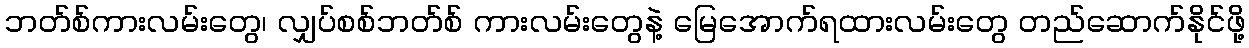
ဘတ်စ်ကားလမ်းတွေ၊ လျှပ်စစ်ဘတ်စ် ကားလမ်းတွေနဲ့ မြေအောက်ရထားလမ်းတွေ တည်ဆောက်နိုင်ဖို့